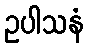
ဥပါသနံ